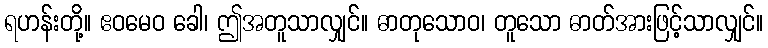
ရဟန်းတို့။ ဧဝမေဝ ခေါ၊ ဤအတူသာလျှင်။ ဓာတုသောဝ၊ တူသော ဓာတ်အားဖြင့်သာလျှင်။